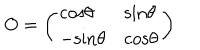
LaTeX: O = \left( \begin{array} { l l } { { \mathrm { c o s } \theta } } & { { \mathrm { s i n } \theta } } \\ { { - \mathrm { s i n } \theta } } & { { \mathrm { c o s } \theta } } \\ \end{array} \right)